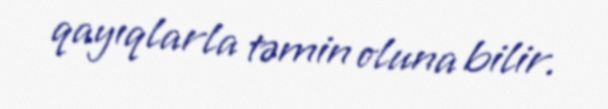
qayıqlarla təmin oluna bilir.